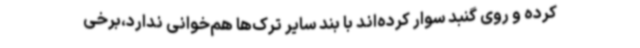
کرده و روی گنبد سوار کرده‌اند با بند سایر ترک‌ها هم‌خوانی ندارد،برخی